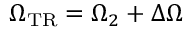
\Omega _ { \mathrm { { T R } } } = \Omega _ { 2 } + \Delta \Omega